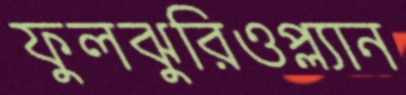
ফুলঝুরিওপ্ল্যান